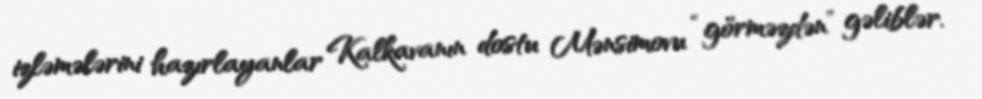
izləmələrini hazırlayanlar Kalkavanın dostu Mənsimovu “görməzdən” gəliblər.